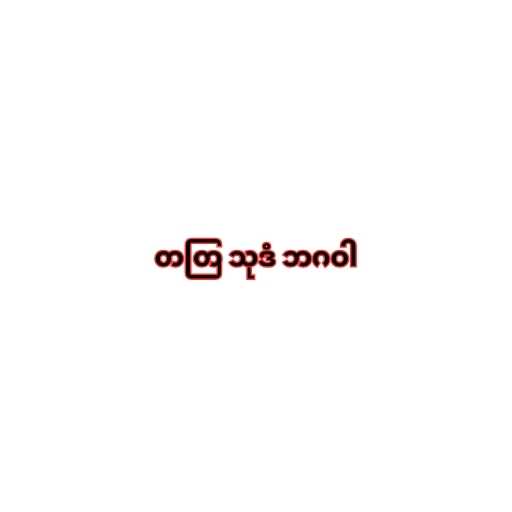
တတြ သုဒံ ဘဂဝါ